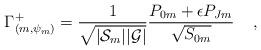
LaTeX: \begin{align*}\Gamma^+_{(m,\psi_m)} = {1 \over\sqrt{|{\cal S}_m| |{\cal G}|}} {{P}_{0m} +\epsilon {P}_{Jm} \over \sqrt{{S}_{0m}}} \;\;\;\; ,\end{align*}